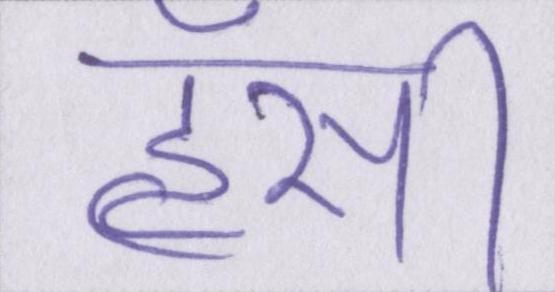
हॅसी